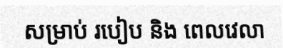
សម្រាប់ របៀប និង ពេលវេលា